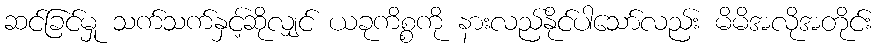
ဆင်ခြင်မှု သက်သက်နှင့်ဆိုလျှင် ယခုကိစ္စကို နားလည်နိုင်ပါသော်လည်း မိမိအလိုအတိုင်း